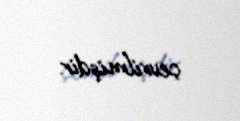
çevrilmişdir.